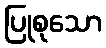
ပြုစုသော